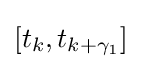
[t_{k},t_{k+\gamma _{1}}]